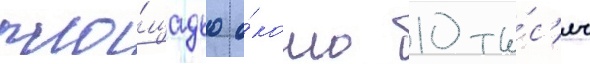
пло́щадью о́коло 10 ты́с'яч